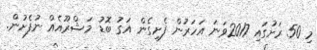
މި 50 ރަށުގައި 2017ވަނަ އަހަރުން ފެށިގެން އަގު ބޮޑު މަޝްރޫއެއް ނުފެށުން.